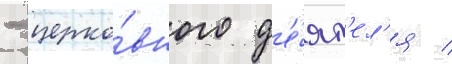
- церко́вного д'е́ят'ел'я /